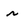
Character: r